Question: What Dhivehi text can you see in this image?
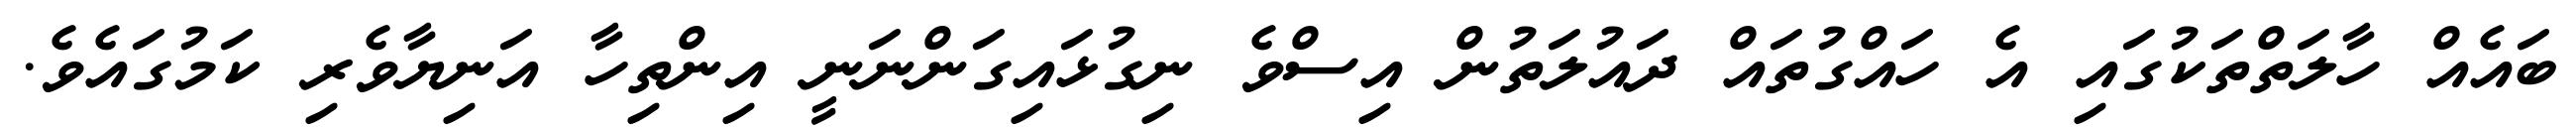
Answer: ބައެއް ހާލަތްތަކުގައި އެ ހައްގުތައް ދައުލަތުން އިސްވެ ނިގުޅައިގަންނަނީ އިންތިހާ އަނިޔާވެރި ކަމުގައެވެ.